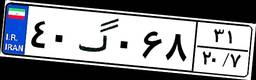
۴۰گ۰۶۸۳۱